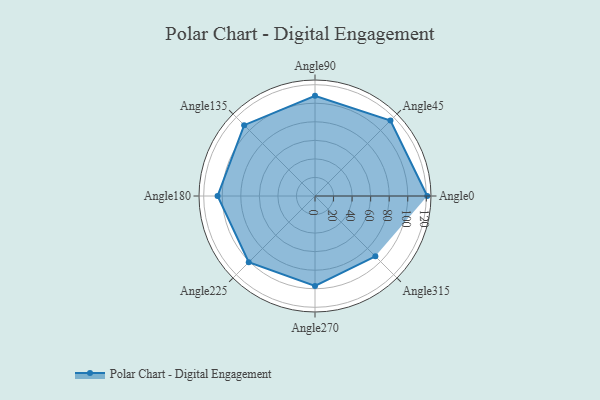
{"axis": {"x": "Angle", "y": "Radius"}, "legend": [""], "data": [{"x": "Angle0", "y": 121.0, "type": ""}, {"x": "Angle45", "y": 115.0, "type": ""}, {"x": "Angle90", "y": 108.0, "type": ""}, {"x": "Angle135", "y": 108.0, "type": ""}, {"x": "Angle180", "y": 105.0, "type": ""}, {"x": "Angle225", "y": 101.0, "type": ""}, {"x": "Angle270", "y": 97.0, "type": ""}, {"x": "Angle315", "y": 92.0, "type": ""}]}